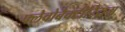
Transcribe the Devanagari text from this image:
फ्लेवोबैक्टीरियम